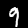
Digit: 9